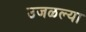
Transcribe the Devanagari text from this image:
उजळल्या